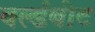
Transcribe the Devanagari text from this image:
वर्ल्डबीट